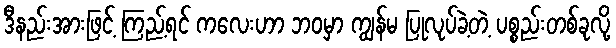
ဒီနည်းအားဖြင့် ကြည့်ရင် ကလေးဟာ ဘဝမှာ ကျွန်မ ပြုလုပ်ခဲ့တဲ့ ပစ္စည်းတစ်ခုလို့